Leaving Certificate Examination (including Day School Certificate (Higher) General paper), 1933
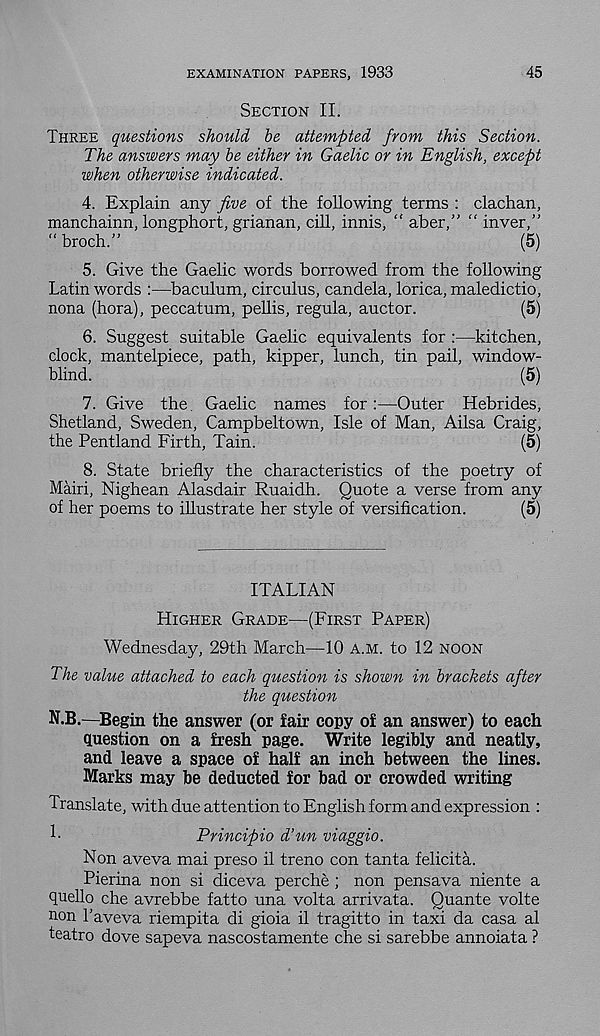
EXAMINATION PAPERS, 1933
45
Section II.
Three questions should he attempted from this Section.
The answers may be either in Gaelic or in English, except
when otherwise indicated.
4. Explain any five of the following terms : clachan,
manchainn, longphort, grianan, cill, innis, " aber,” “ inver,”
“ broch.”
(5)
5. Give the Gaelic words borrowed from the following
Latin words :—baculum, circulus, candela, lorica, maledictio,
nona (hora), peccatum, pellis, regula, auctor.
(5)
6. Suggest suitable Gaelic equivalents for :—kitchen,
clock, mantelpiece, path, kipper, lunch, tin pail, window-
blind.
(5)
7. Give the. Gaelic names for:—Outer Hebrides,
Shetland, Sweden, Campbeltown, Isle of Man, Ailsa Craig,
the Pentland Firth, Tain.
(5)
8. State briefly the characteristics of the poetry of
Mairi, Nighean Alasdair Ruaidh. Quote a verse from any
of her poems to illustrate her style of versification.
(5)
ITALIAN
Higher Grade—(First Paper)
Wednesday, 29th March—10 a.m. to 12 noon
The value attached to each question is shown in brackets after
the question
N.B.—Begin the answer (or fair copy of an answer) to each
question on a fresh page. Write legibly and neatly,
and leave a space of half an inch between the lines.
Marks may be deducted for bad or crowded writing
Translate, with due attention to English form and expression :
1-
Principio d’un viaggio.
Non aveva mai preso il treno con tanta felicita.
Pierina non si diceva perche; non pensava niente a
quello che avrebbe fatto una volta arrivata. Quante volte
non Taveva riempita di gioia il tragitto in taxi da casa al
teatro dove sapeva nascostamente che si sarebbe annoiata ?